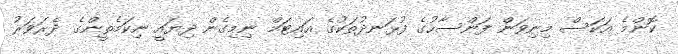
ކޮންމެ އަކަސް މިނިވަން ފަންސާހުގެ ފުޅަނދުތަކުގެ އައިޓަމް ނިމިގެން ދިޔައީ ނިކަމެތީންގެ ދެރަވަރު